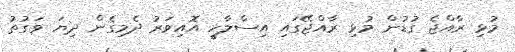
މުޅި ރާއްޖެ ގުޑުން މުޅި ރާއްޖޭގައި އިސްލާހީ އޮއިވަރު ދެމިގެން ދިޔަ ވަގުތު